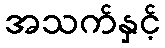
အသက်နှင့်